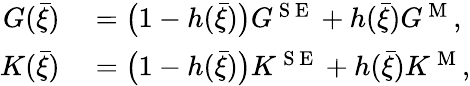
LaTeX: \begin{array}{rl}{G(\bar{\xi})}&{{}=\big(1-h(\bar{\xi})\big)G^{\mathrm{~S~E~}}+h(\bar{\xi})G^{\mathrm{~M~}},}\\ {K(\bar{\xi})}&{{}=\big(1-h(\bar{\xi})\big)K^{\mathrm{~S~E~}}+h(\bar{\xi})K^{\mathrm{~M~}},}\end{array}